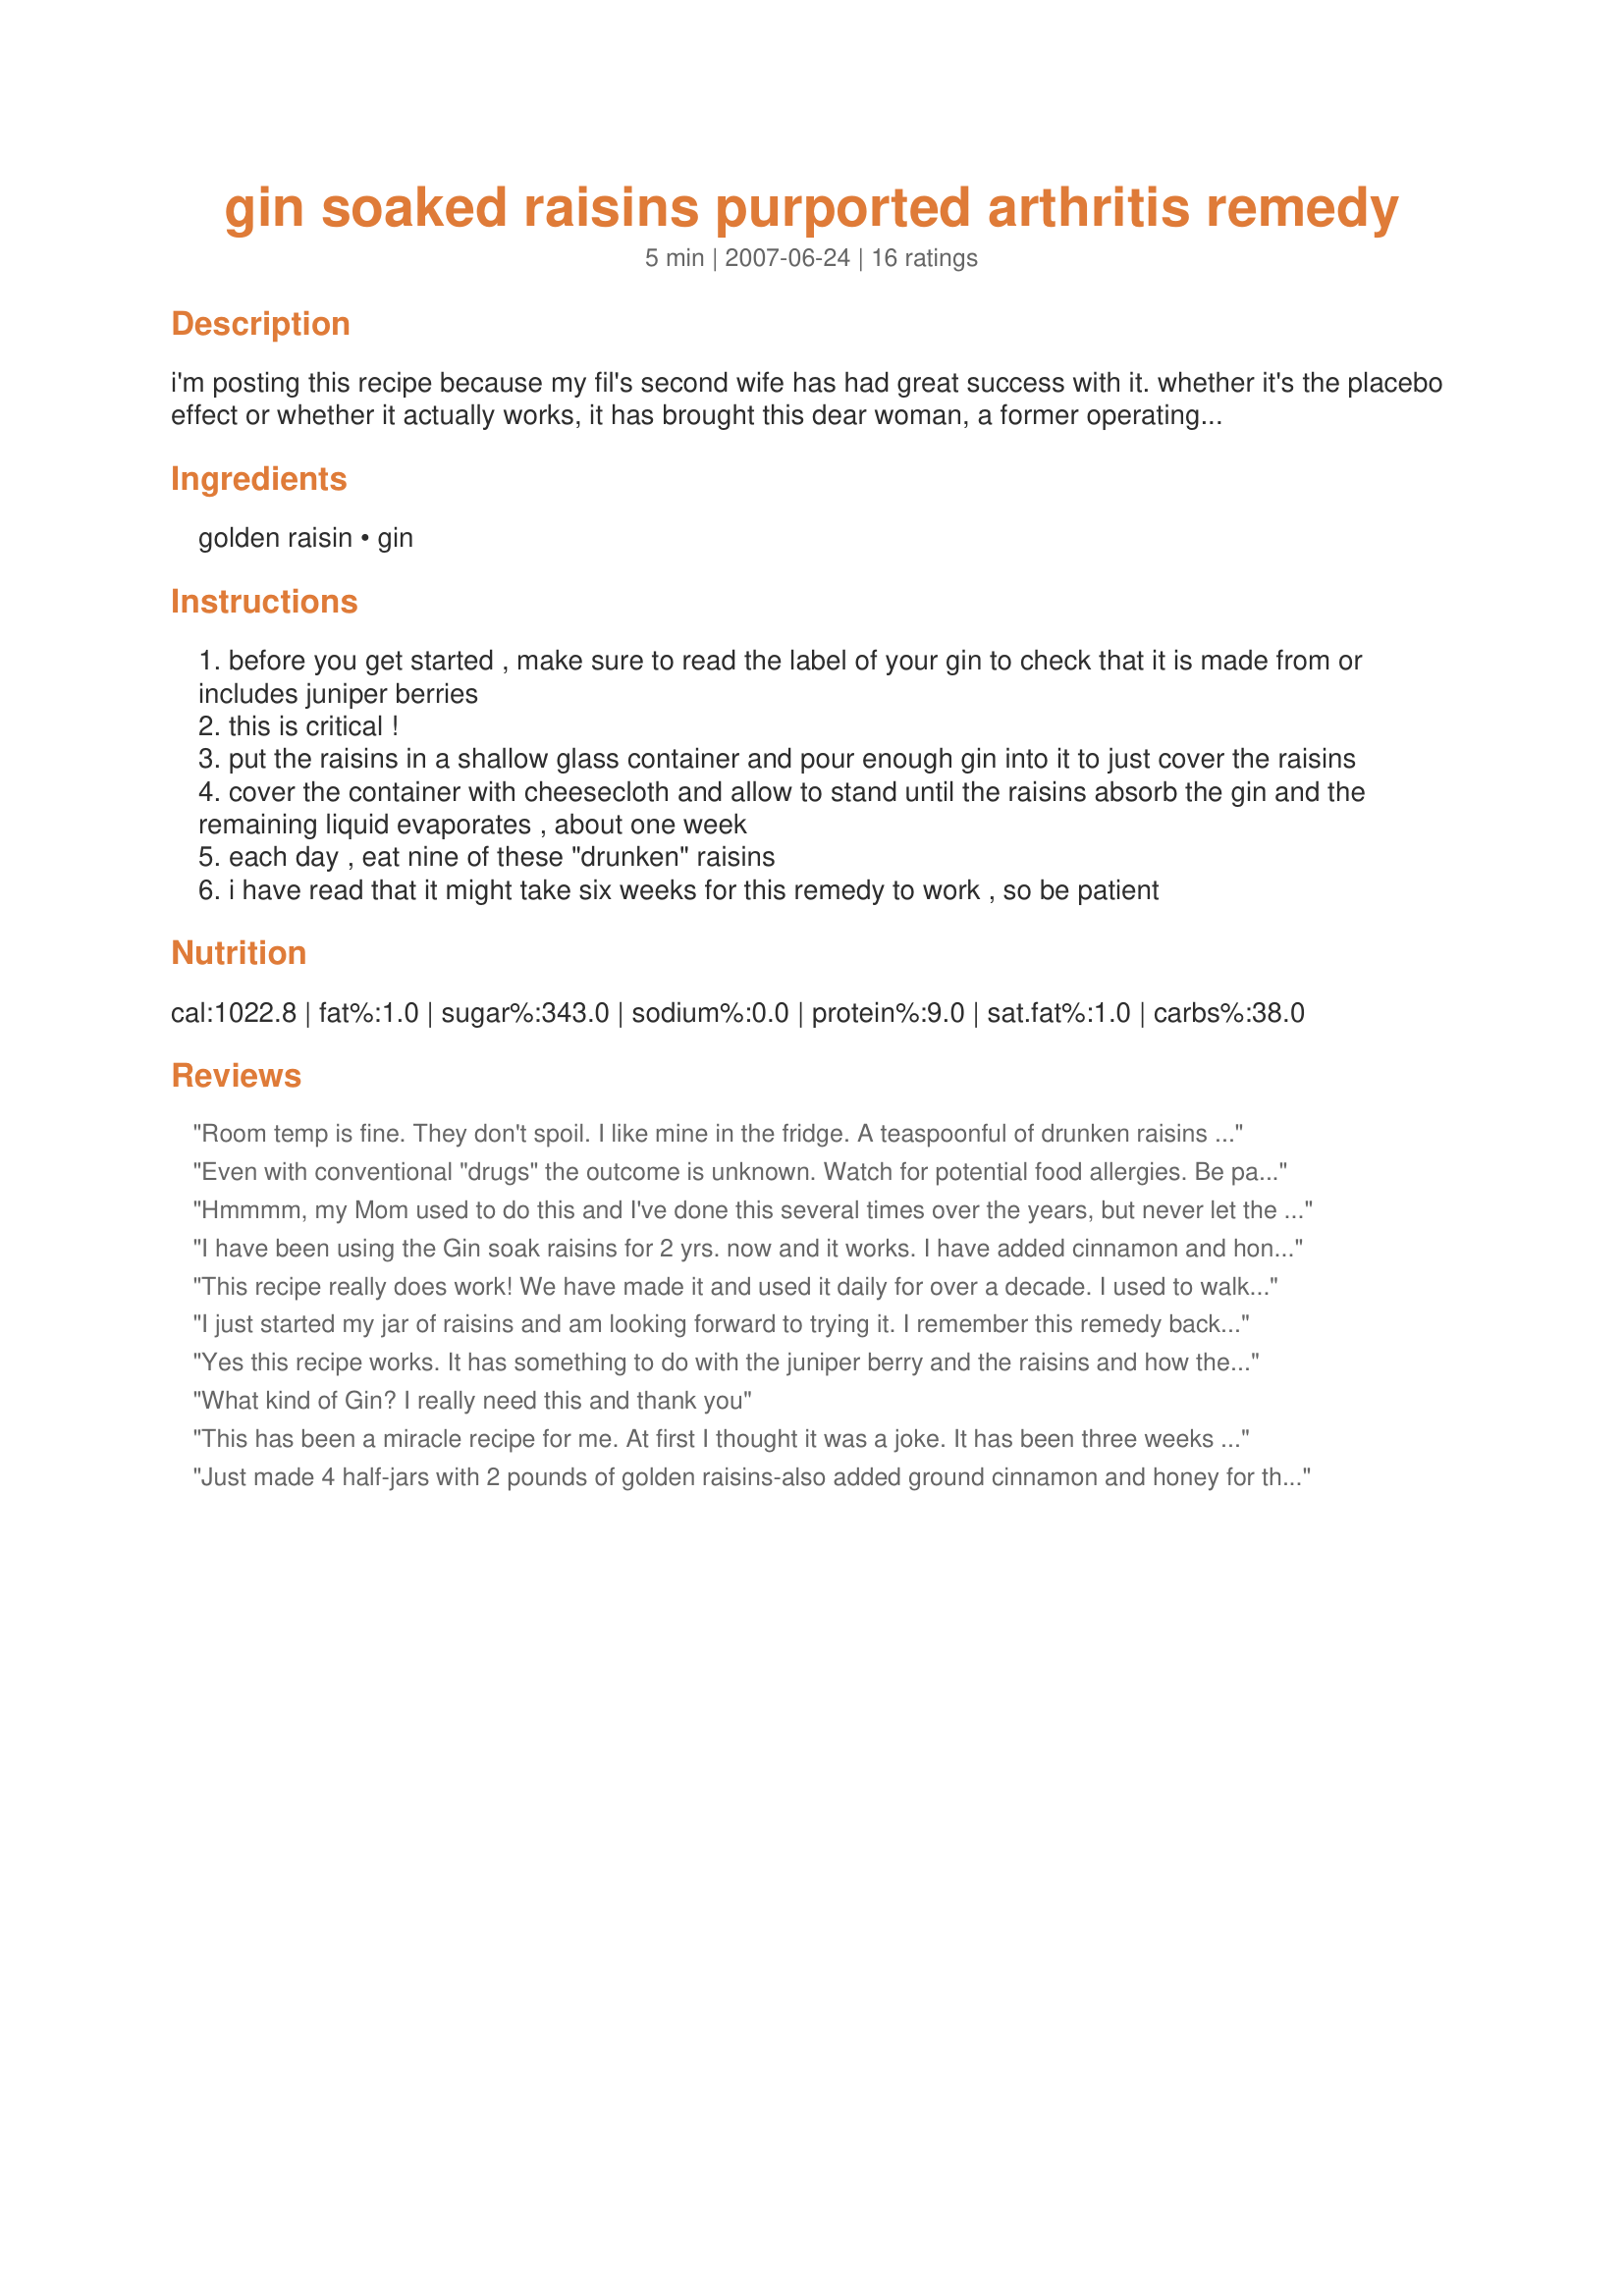
gin soaked raisins purported arthritis remedy
Preparation time: 5 minutes

i'm posting this recipe because my fil's second wife has had great success with it. whether it's the placebo effect or whether it actually works, it has brought this dear woman, a former operating room nurse, some relief and she doesn't doubt its efficacy. her comment to me was really interesting; she said that she didn't realize how much it was helping her until she wasn't able to have her drunken raisins during a vacation. by the end of three days without the raisins, her knees, which had been doing well, were swollen and very painful. your mileage may vary. researching the origins of the recipe, it was apparently first described by paul harvey in the 1990s. as with any home remedy, consult your doctor and use common sense when using this. preparation time does not include the time that it takes for the gin to evaporate.

Ingredients:
golden raisin, gin

Steps:
before you get started , make sure to read the label of your gin to check that it is made from or includes juniper berries
this is critical !
put the raisins in a shallow glass container and pour enough gin into it to just cover the raisins
cover the container with cheesecloth and allow to stand until the raisins absorb the gin and the remaining liquid evaporates , about one week
each day , eat nine of these "drunken" raisins
i have read that it might take six weeks for this remedy to work , so be patient

Reviews:
Room temp is fine. They don't spoil. I like mine in the fridge. A teaspoonful of drunken raisins is about 9 or so...just the right dose.
Even with conventional "drugs" the outcome is unknown. Watch for potential food allergies. Be patient and try not to change too many other things in your routine.
Hmmmm, my Mom used to do this and I've done this several times over the years, but never let the gin evaporate. That might be the secret! I can't say whether this really helped my osteoarthritis but it sure didn't hurt. I had a bottle of juniper berries so added about 5 to the jar, figured it could only help. That didn't seem to change the taste significantly. I've only used the golden raisins. I think I'll start another jar. Oh, yeah, these raisins are also good whenever you need raisins in yeast breads! Akikobay, what a good idea to post this "cure." Thanks for the reminder. . . Janet
I have been using the Gin soak raisins for 2 yrs. now and it works. I have added cinnamon and honey .You have to use the white raisins to get the best effect because they contain sulfite as well as other anti-inflammatory properties.
This recipe really does work! We have made it and used it daily for over a decade. I used to walk around with my hands held in the air for relief of pain, with tears streaming, unbidden, down my face. With DH it was hip pain, now under control. Teresa Heinz (the catsup queen) even recommended this recipe on TV, some years back. I was not clever enough to think to post it, glad you did.
I just started my jar of raisins and am looking forward to trying it. I remember this remedy back in the 80s because my grandfather would use it. My mother had severe osteoarthritis, but apparently didn't try it. I suppose common sense at the time dictated it wouldn't work? Sometimes the old remedies are best.
Yes this recipe works. It has something to do with the juniper berry and the raisins and how they affect each other in its break down. I was told to soak the golden raisins for two weeks in a glass bowl with a lid. That it can take up to six weeks before the effects are felt. Be sure to not let your mixture run out before you make it again. There are some other great ideas to add to this recipe, ie ginger, cinnamon, honey, but I have not tried them yet.
What kind of Gin? I really need this and thank you
This has been a miracle recipe for me. At first I thought it was a joke. It has been three weeks I am taking this and it’s been three days I am 95% pain free. After trying every possible remedy to no avail, this is it for me. Sincerely
Just made 4 half-jars with 2 pounds of golden raisins-also added ground cinnamon and honey for their health properties-also used Bombay Sapphire. Was going to add juniper berries but am out and couldn&#039;t find them in the two stores I visited! I look forward to the results!
Dr. Oz featured this recipe on a show in November 2010. The color of the raisins doesn't matter; his example used the dark ones commonly purchased at your local grocer's. He said they could reduce the ill effects of rheumatoid arthritis by as much as 50%. Juniper berries contain turpens and raisins contain oleanolic acid and phenols; all of which are known to have anti-inflamatory properties. Thanks for posting Akikobay! UPDATED after finally making this for the All You Can Cook Buffet special event: I used Bombay Sapphire gin and have started my nine a day regimen. Delicious and very do-able!
This really does work. After only 3 weeks I have no pain or throbbing, even on the dampest of days. It's just wonderful!
I haven't tried it yet. Just picked up the recipe and I'm goin' shopping for the ingredients. I will do a review as soon as I see any results or not between now and Oct 15th. I presently have aching knees, feet and hands. I'm skeptical about this, but I'm gonna give it a try !....Later !!, Allan
I use the dark raisins. Next time I will try the golden ones since the consensus seems to be they are the ones to use. This does help my joint and back pains. And they are super delicious as an added bonus!
the mentioned gin is available in chennai market, if so where. and shall i use ordinary brownish raisins in stead of golden ones... pls help me. i never tried this recipe....
I had my doubts but this recipe really does work. I have ,however, found that one should use a reasonably good quality gin for the best results. I use Gordons gin. It took about two weeks for me to notice that the pain had subsided. If I am on a business trip and am unable to take my daily dose for a few days the pain starts to come back.
